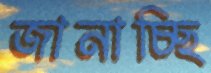
জানাচ্ছি